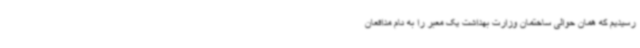
رسیدیم که همان حوالی ساختمان وزارت بهداشت یک معبر را به نام مدافعان